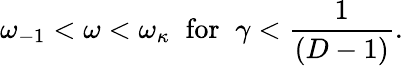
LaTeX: \omega_{-1}<\omega<\omega_{\kappa}\; \; \mathrm{for}\; \; \gamma<\frac{1}{(D-1)}.